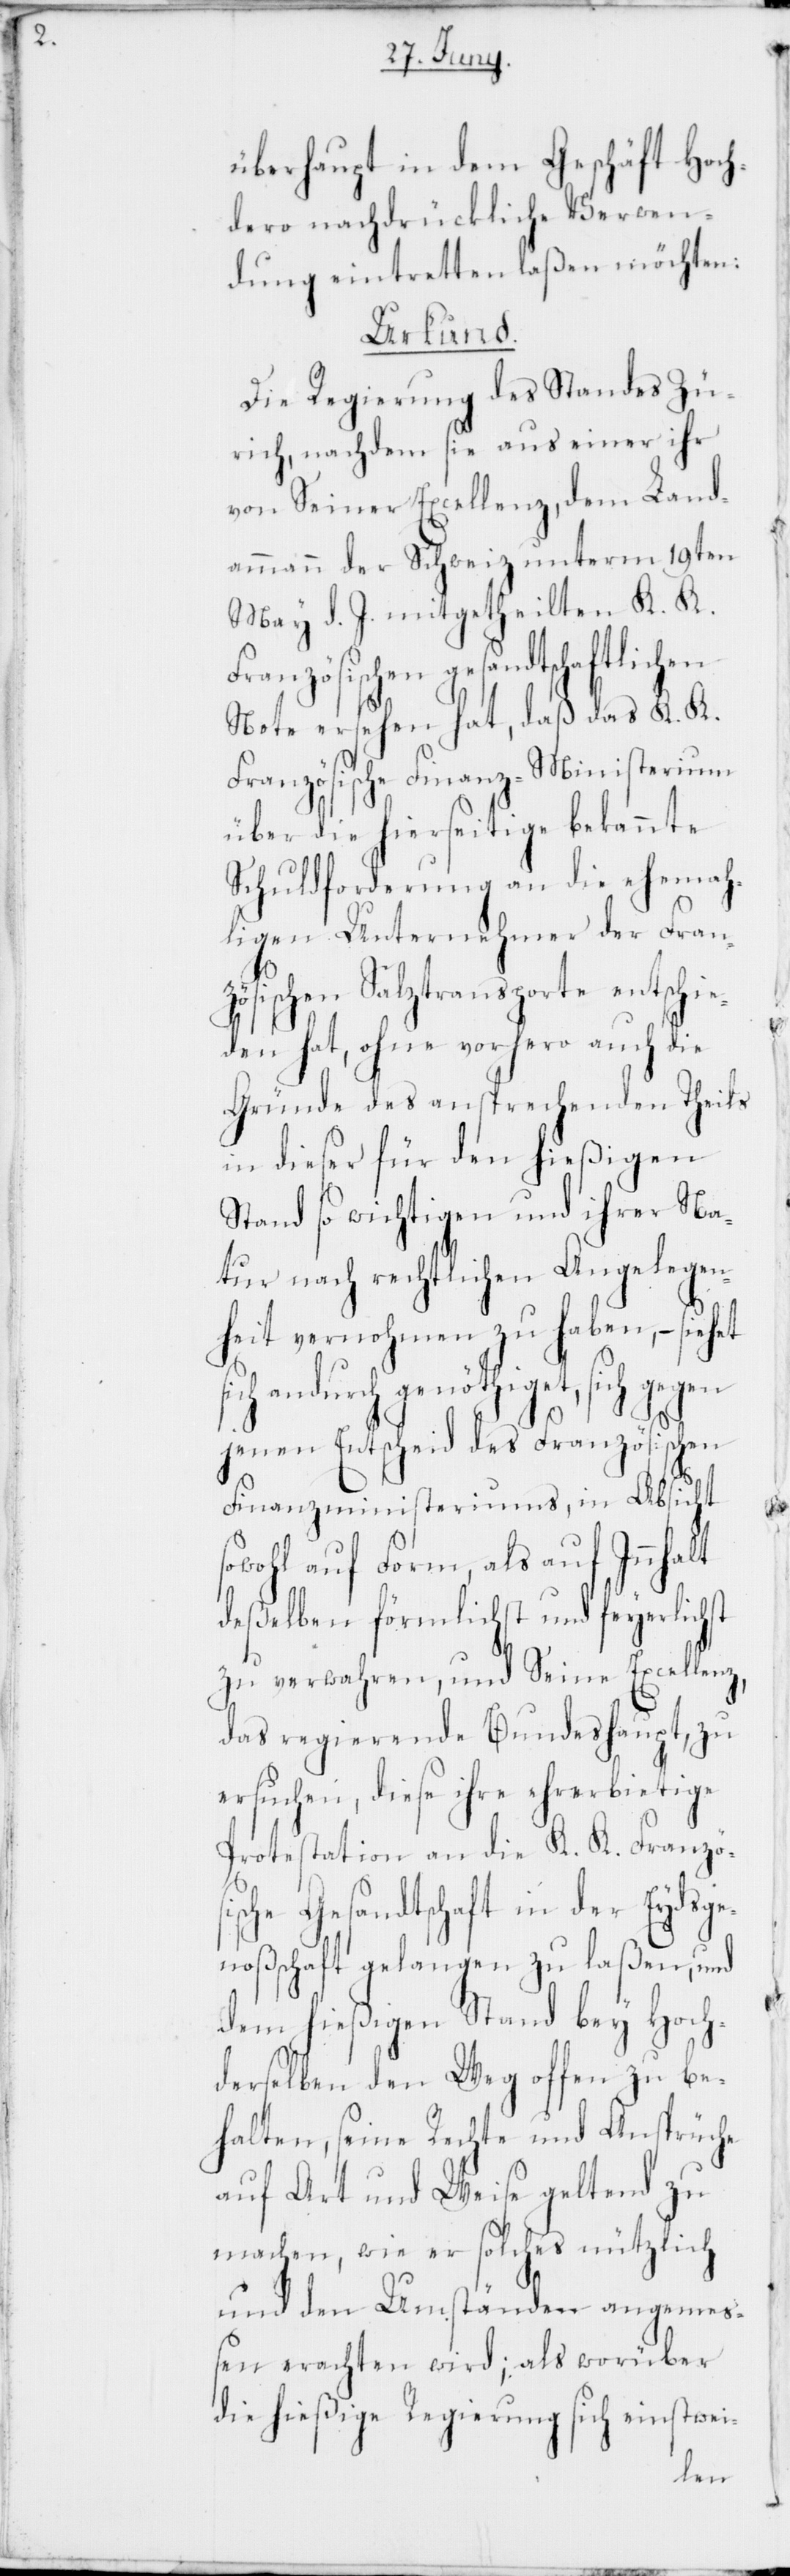
überhaupt in dem Geschäft Hoch¬
dero nachdrückliche Verwen¬
dung eintretten laßen möchten:
inisterium
Die Regierung des
st
ürich, nachdem sie aus
von Seiner Excellenz dem
19ten
ammann der Schweiz un¬
May d. J. mitgetheil¬
Französischen gesandt¬
Note ersehen hat, daß das
Französische Finanz-M¬
über die hierseitige bekannte
Schuldforderung an die ehemah¬
ligen Unternehmer der Fra¬
sis¬
ösischen Salztransp¬
den hat, ohne vorhero auch d¬
Gründe des ansprechenden Theils
in dieser für den hießigen
Stand so wichtigen und ihrer Na¬
tur nach rechtlichen Angelegen¬
heit vernohmen zu haben, – sieh¬
ich andurch genöthiget, sich gegen
jenen Entscheid des Französischen
Finanzministeriums, in Absicht
sowohl auf Form, als auf Innhalt
deßelben förmlichst und feyerlich¬
zu verwahren, und Seine Excellenz,
das regierende Bundeshaupt, zu
ersuchen, diese ihre ehrerbietige
Protestation an die K. K. Franzö¬
che Gesandtschaft in der Eydsg¬
enoßenschaft gelangen zu laßen, und
dem hießigen Stand bey Hoch¬
derselben den Weg offen zu be¬
halten, seine Rechte und Ansprüche
auf Art und Weise geltend zu
machen, wie er solches nützlich
und den Umständen angemeß¬
en erachten wird; als worüber
die hießige Regierung sich einstwei-
ten